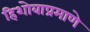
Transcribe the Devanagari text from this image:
हिशोबाप्रमाणे